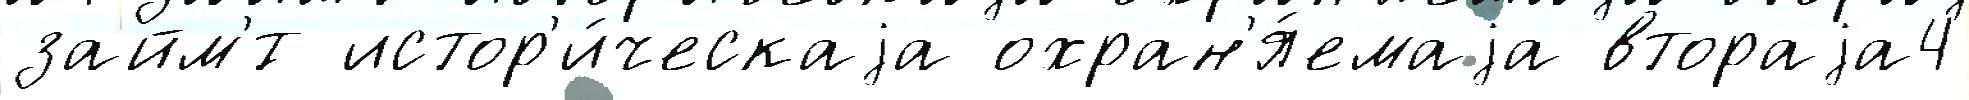
займ'́т истор'и́ческаjа охран'я́емаjа втораjа4